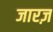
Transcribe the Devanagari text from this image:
जारज़